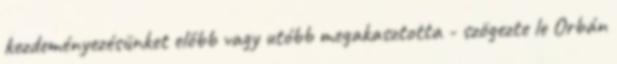
kezdeményezésünket előbb vagy utóbb megakasztotta - szögezte le Orbán